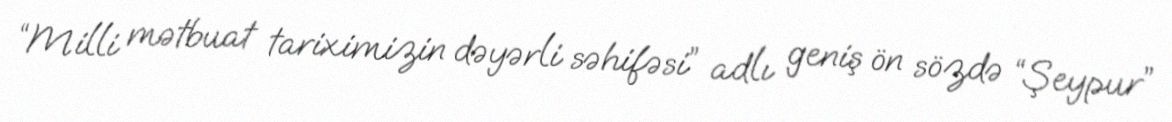
“Milli mətbuat tariximizin dəyərli səhifəsi” adlı geniş ön sözdə “Şeypur”